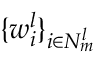
\{ w _ { i } ^ { l } \} _ { i \in N _ { m } ^ { l } }